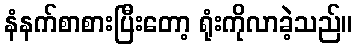
နံနက်စာစားပြီးတော့ ရုံးကိုလာခဲ့သည်။